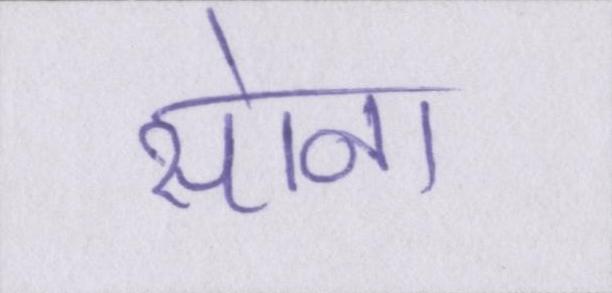
सोना